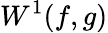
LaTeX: W^{1}(f,g)